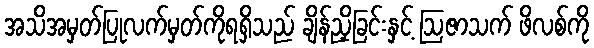
အသိအမှတ်ပြုလက်မှတ်ကိုရရှိသည် ချိန်ညှိခြင်းနှင့် ဩဇာသက် ဖိလစ်ကို